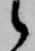
候